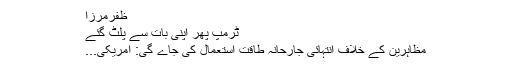
ظفرمرزا
ٹرمپ پھر اپنی بات سے پلٹ گئے
مظاہرین کے خلاف انتہائی جارحانہ طاقت استعمال کی جاے گی: امریکی...